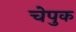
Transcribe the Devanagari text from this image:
चेपुक